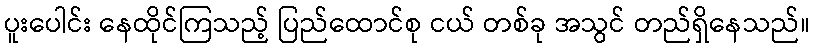
ပူးပေါင်း နေထိုင်ကြသည့် ပြည်ထောင်စု ငယ် တစ်ခု အသွင် တည်ရှိနေသည်။